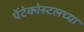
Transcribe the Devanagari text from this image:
पेंटेकोस्टलच्या